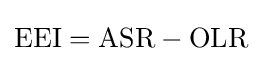
\mathrm {EEI} =\mathrm {ASR} -\mathrm {OLR}